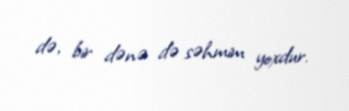
də, bir dənə də səhmim yoxdur.